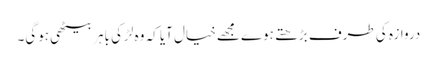
دروازہ کی طرف بڑھتے ہوے مجھےخیال آیا کہ وہ لڑکی باہر بیٹھی ہوگی۔